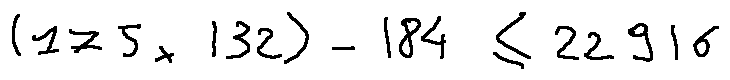
( 1 7 5 \times 1 3 2 ) - 1 8 4 \leq 2 2 9 1 6